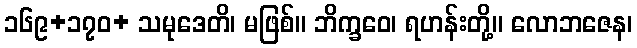
၁၆၉+၁၇၀+ သမုဒေတိ၊ မဖြစ်။ ဘိက္ခဝေ၊ ရဟန်းတို့။ လောဘဇေန၊